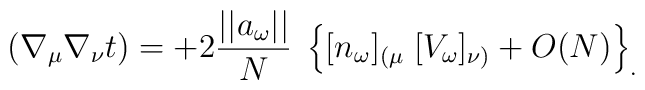
(\nabla_\mu \nabla_\nu t)= +2 {||a_\omega|| \over N} \;       \left\{ [n_\omega]_{(\mu}  \;[V_\omega]_{\nu)} + O(N) \right\}_.